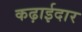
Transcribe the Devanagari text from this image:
कढ़ाईदार